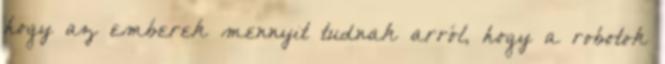
hogy az emberek mennyit tudnak arról, hogy a robotok